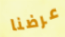
عرضنا